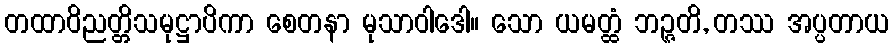
တထာဝိညတ္တိသမုဋ္ဌာပိကာ စေတနာ မုသာဝါဒေါ။ သော ယမတ္ထံ ဘဉ္ဇတိ, တဿ အပ္ပတာယ